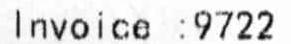
INVOICE: 9722